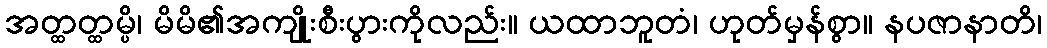
အတ္ထတ္ထမ္ပိ၊ မိမိ၏အကျိုးစီးပွားကိုလည်း။ ယထာဘူတံ၊ ဟုတ်မှန်စွာ။ နပဇာနာတိ၊